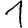
Digit: 1